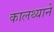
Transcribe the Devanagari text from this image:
कालथ्याने